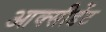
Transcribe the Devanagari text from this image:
आक्सीडेंट